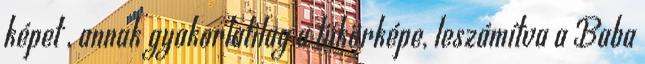
képet , annak gyakorlatilag a tükörképe, leszámítva a Baba